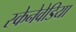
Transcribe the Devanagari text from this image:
स्केनेवेडिया